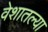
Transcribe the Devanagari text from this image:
वेशातल्या